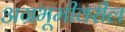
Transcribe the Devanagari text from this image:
अग्रभूमीवरील